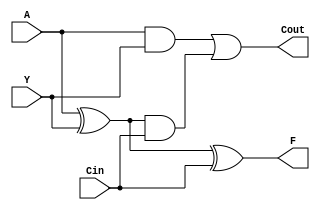
module FA_1b(A, Y, Cin, F, Cout);
	
	input A, Y;
	input Cin;
	output F;
	output Cout;

	wire xor1, and1, and2;

	assign xor1 = A ^ Y;
	assign and1 = A & Y;
	assign and2 = xor1 & Cin;

	assign F = xor1 ^ Cin;
	assign Cout = and1 | and2;

endmodule